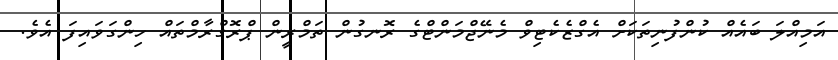
އަމިއްލަ ބައެއް ކުންފުނިތަކަށް އެގްޒެކެޓިވް މެނޭޖްމަންޓްގެ ރޮނގުން ތަމްރީން ޕްރޮގްރާމްތައް ހިންގަވައިފަ އެވެ.